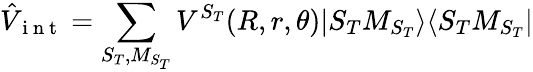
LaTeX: {}\hat{V}_{\mathrm{~i~n~t~}}=\sum_{S_{T},M_{S_{T}}}V^{S_{T}}(R,r,\theta)|S_{T}M_{S_{T}}\rangle\langle S_{T}M_{S_{T}}|